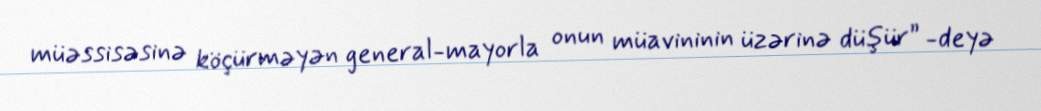
müəssisəsinə köçürməyən general-mayorla onun müavininin üzərinə düşür” -deyə